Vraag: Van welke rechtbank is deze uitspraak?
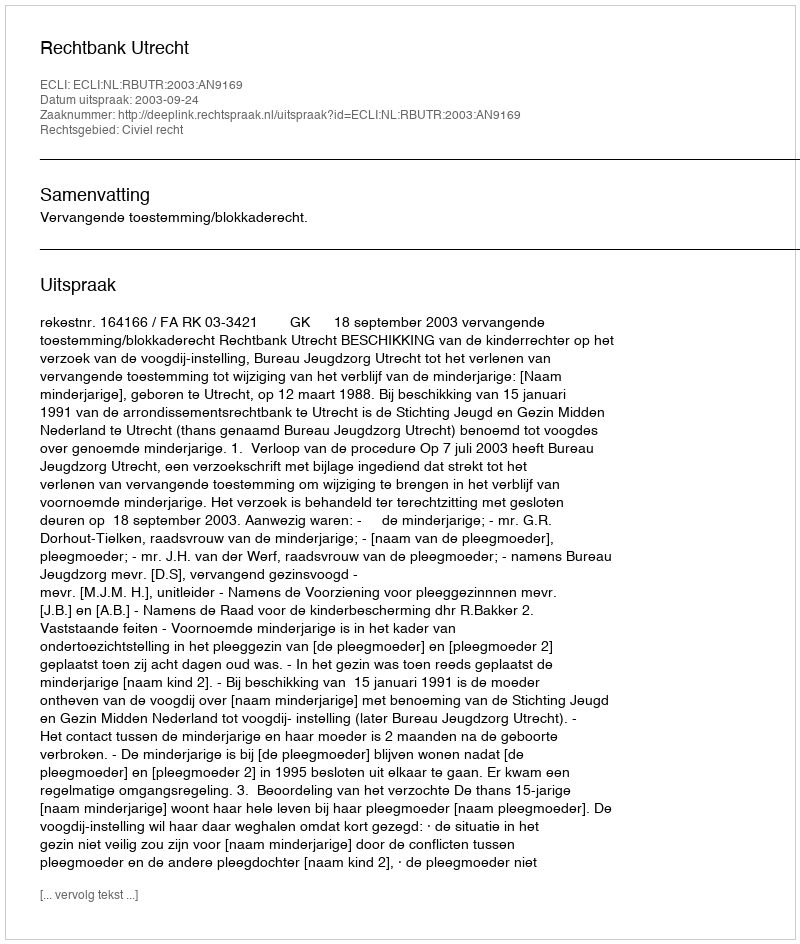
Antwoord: Rechtbank Utrecht